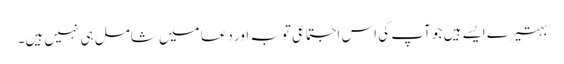
بہتیرے ایسے ہیں جو آپ کی اس اجتماعی توبہ اور دعا میں شامل ہی نہیں ہیں۔